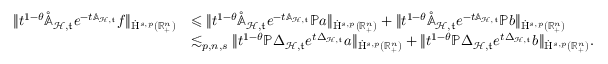
\begin{array} { r l } { \lVert t ^ { 1 - \theta } \mathring { \mathbb { A } } _ { \mathcal { H } , \mathfrak { t } } e ^ { - t { \mathbb { A } } _ { \mathcal { H } , \mathfrak { t } } } f \rVert _ { \dot { \mathrm { H } } ^ { s , p } ( \mathbb { R } _ { + } ^ { n } ) } } & { \leqslant \lVert t ^ { 1 - \theta } \mathring { \mathbb { A } } _ { \mathcal { H } , \mathfrak { t } } e ^ { - t { \mathbb { A } } _ { \mathcal { H } , \mathfrak { t } } } \mathbb { P } a \rVert _ { \dot { \mathrm { H } } ^ { s , p } ( \mathbb { R } _ { + } ^ { n } ) } + \lVert t ^ { 1 - \theta } \mathring { \mathbb { A } } _ { \mathcal { H } , \mathfrak { t } } e ^ { - t { \mathbb { A } } _ { \mathcal { H } , \mathfrak { t } } } \mathbb { P } b \rVert _ { \dot { \mathrm { H } } ^ { s , p } ( \mathbb { R } _ { + } ^ { n } ) } } \\ & { \lesssim _ { p , n , s } \lVert t ^ { 1 - \theta } \mathbb { P } { \Delta } _ { \mathcal { H } , \mathfrak { t } } e ^ { t { \Delta } _ { \mathcal { H } , \mathfrak { t } } } a \rVert _ { \dot { \mathrm { H } } ^ { s , p } ( \mathbb { R } _ { + } ^ { n } ) } + \lVert t ^ { 1 - \theta } \mathbb { P } { \Delta } _ { \mathcal { H } , \mathfrak { t } } e ^ { t { \Delta } _ { \mathcal { H } , \mathfrak { t } } } b \rVert _ { \dot { \mathrm { H } } ^ { s , p } ( \mathbb { R } _ { + } ^ { n } ) } \mathrm { . ~ } } \end{array}